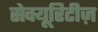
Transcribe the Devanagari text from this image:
सेक्यूरिटीज़